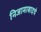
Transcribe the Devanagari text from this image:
निजामाबादचे